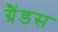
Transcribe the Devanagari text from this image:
ग्रैंडस